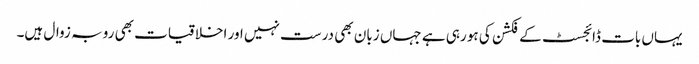
یہاں بات ڈائجسٹ کے فکشن کی ہو رہی ہے جہاں زبان بھی درست نہیں اور اخلاقیات بھی رو بہ زوال ہیں۔